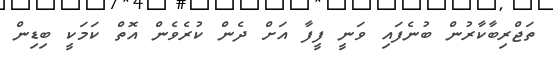
ތަޖްރިބާކާރުން ބުނެފައި ވަނީ ފީފާ އަށް ދެން ކުރެވެން އޮތް ކަމަކީ ބިޑިން